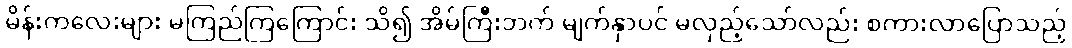
မိန်းကလေးများ မကြည်ကြကြောင်း သိ၍ အိမ်ကြီးဘက် မျက်နှာပင် မလှည့်သော်လည်း စကားလာပြောသည့်